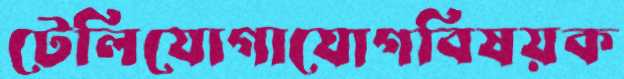
টেলিযোগাযোগবিষয়ক